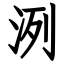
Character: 洌